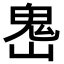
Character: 𩲈